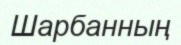
Шарбанның